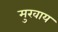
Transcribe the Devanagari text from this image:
मुखाय